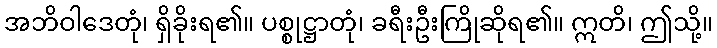
အဘိဝါဒေတုံ၊ ရှိခိုးရ၏။ ပစ္စုဋ္ဌာတုံ၊ ခရီးဦးကြိုဆိုရ၏။ ဣတိ၊ ဤသို့။